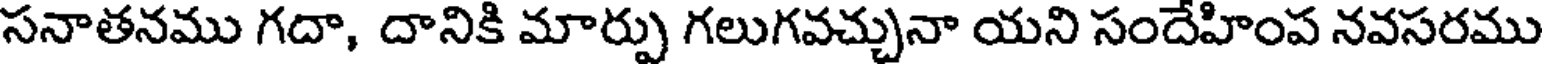
సనాతనము గదా, దానికి మార్పు గలుగవచ్చునా యని సందేహింప నవసరము